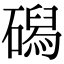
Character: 磶